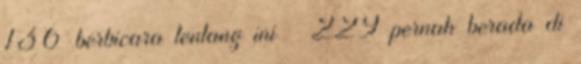
136 berbicara tentang ini · 229 pernah berada di